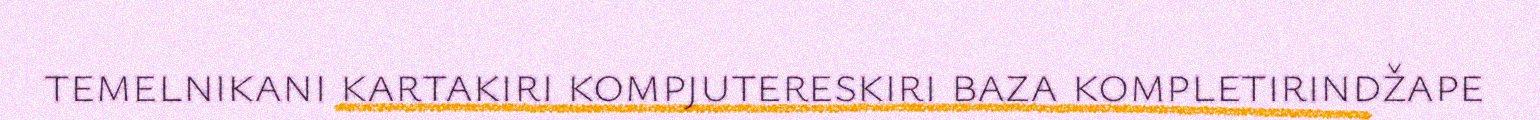
temelnikani kartakiri kompjutereskiri baza kompletirindžape